Regulations for the medical services of the Army of India
Year: 1930
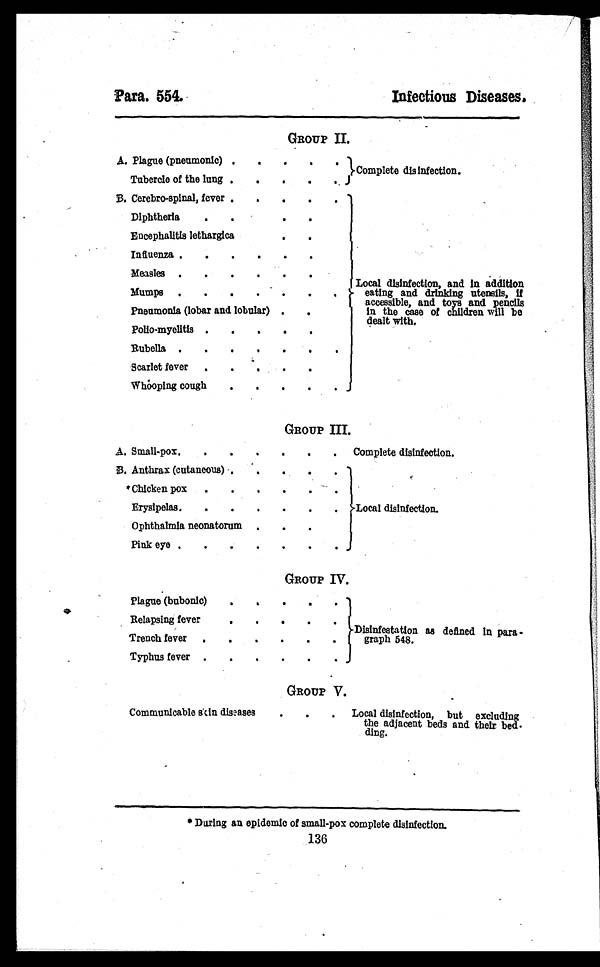
Para. 554.
Infectious Diseases.
GROUP II.
A. Plague (pneumonic) . . . . . Complete disinfection.
Tubercle of the lung
. . . .
B. Cerebro-spinal, fever
. . . .
Local disinfection, and In addition
eating and drinking utensils, if
accessible, and toys and pencils
in the case of children will be
dealt w i t h .
Diphtheria . . .
Encephalitis lethargica
Influenza
. . . . .
Measles . . . . . .
Mumps . . . . . . .
Pneumonia (lobar and lobular) . .
Polio-myelitis . . . . .
Rubella . . . . . . .
Scarlet fever . . 4
Whooping cough . .
.
GROUP III.
A. Small-pox
. . . . . . Complete disinfection.
B. Anthrax (cutaneous)
.
Local disinfection.
*Chicken pox
. . . . .
Erysipelas
. . . . . .
Ophthalmia neonatorum . . .
Pink eye . . . . . .
GROUP IV.
Plague (bubonic) . . .
.
Disinfestation as defined in par a -
graph 548.
Relapsing fever
. .
.
Trench fever . . . . . .
Typhus fever . . . . . .
GROUP V.
Communicable skin diseases . . . Local disinfection, but excluding
the adjacent beds and their bed-
ding.
* During an epidemic of small-pox complete disinfection.
136